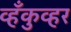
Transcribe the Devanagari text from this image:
व्हँकुव्हर